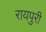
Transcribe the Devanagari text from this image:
रायपुरी